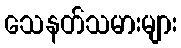
သေနတ်သမားများ